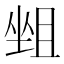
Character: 𡎬